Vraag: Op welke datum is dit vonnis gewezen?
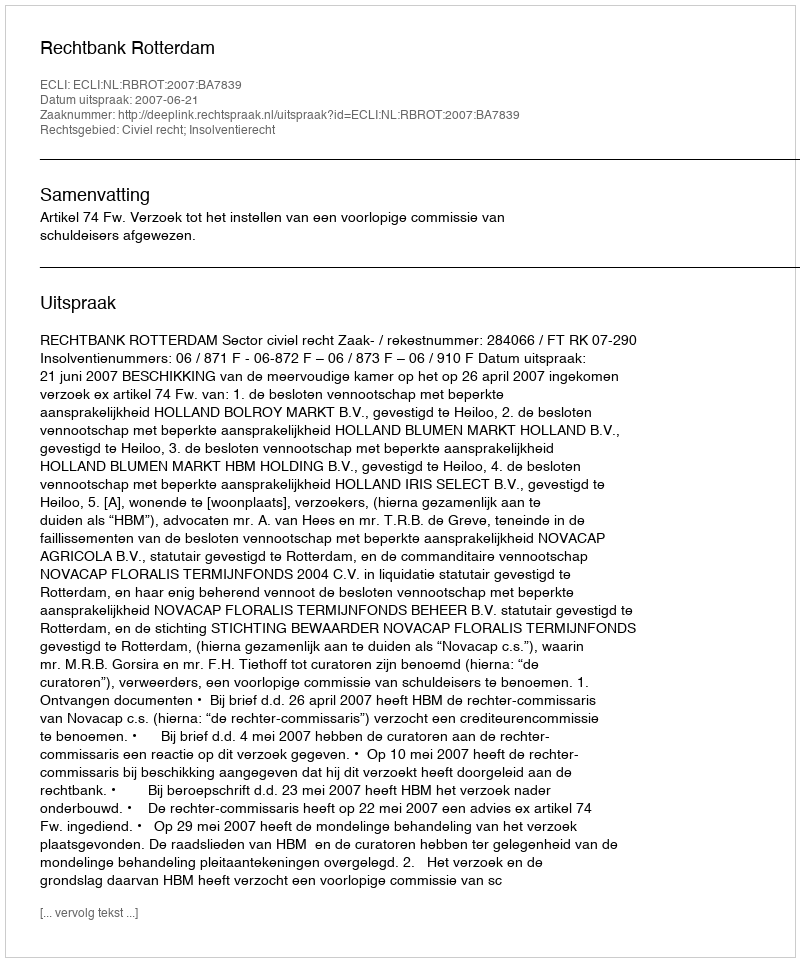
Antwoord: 2007-06-21